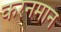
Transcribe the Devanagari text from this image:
करनमान